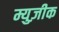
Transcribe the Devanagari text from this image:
म्युज़ीक